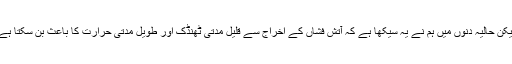
لیکن حالیہ دنوں میں ہم نے یہ سیکھا ہے کہ آتش فشاں کے اخراج سے قلیل مدتی ٹھنڈک اور طویل مدتی حرارت کا باعث بن سکتا ہے۔